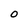
Character: O